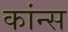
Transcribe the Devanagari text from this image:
कांन्स